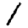
Digit: 1